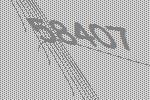
58407